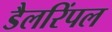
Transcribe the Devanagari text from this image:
डैलरिंपल